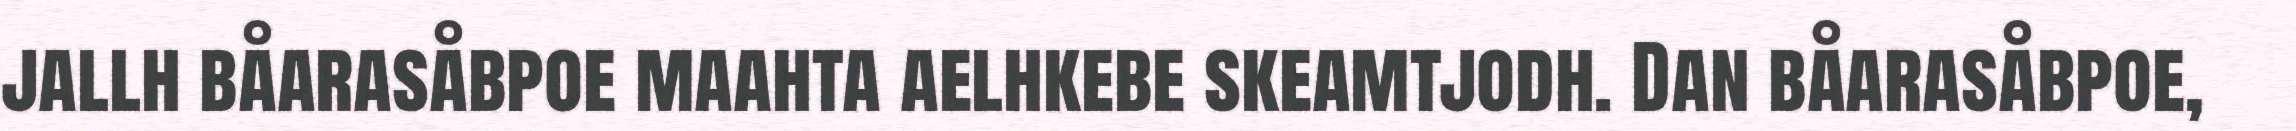
jallh båarasåbpoe maahta aelhkebe skeamtjodh. Dan båarasåbpoe,